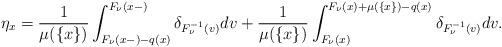
LaTeX: \begin{align*} \eta_x=\frac{1}{\mu(\{x\})}\int_{F_\nu(x-)-q(x)}^{F_\nu(x-)}\delta_{F_\nu^{-1}(v)}dv+\frac{1}{\mu(\{x\})}\int_{F_\nu(x)}^{F_\nu(x)+\mu(\{x\})-q(x)}\delta_{F_\nu^{-1}(v)}dv.\end{align*}